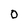
Character: 0